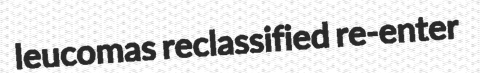
leucomas reclassified re-enter